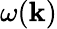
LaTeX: \omega(\mathbf{k})